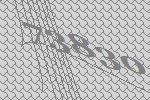
73830